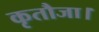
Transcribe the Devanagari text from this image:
कृतौजा।